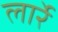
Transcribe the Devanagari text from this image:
लार्रे